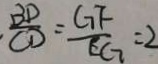
\frac { B D } { C D } = \frac { G F } { E G } = 2